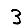
Digit: 3